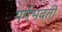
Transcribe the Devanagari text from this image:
गर्गभवती